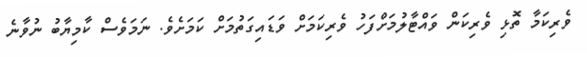
ވެރިކަމާ ތޮޅި ވެރިކަން ވައްޓާލުމަށްފަހު ވެރިކަމަށް ވަޑައިގަތުމަށް ކަމަށެވެ. ނަމަވެސް ކާމިޔާބު ނުވާނެ